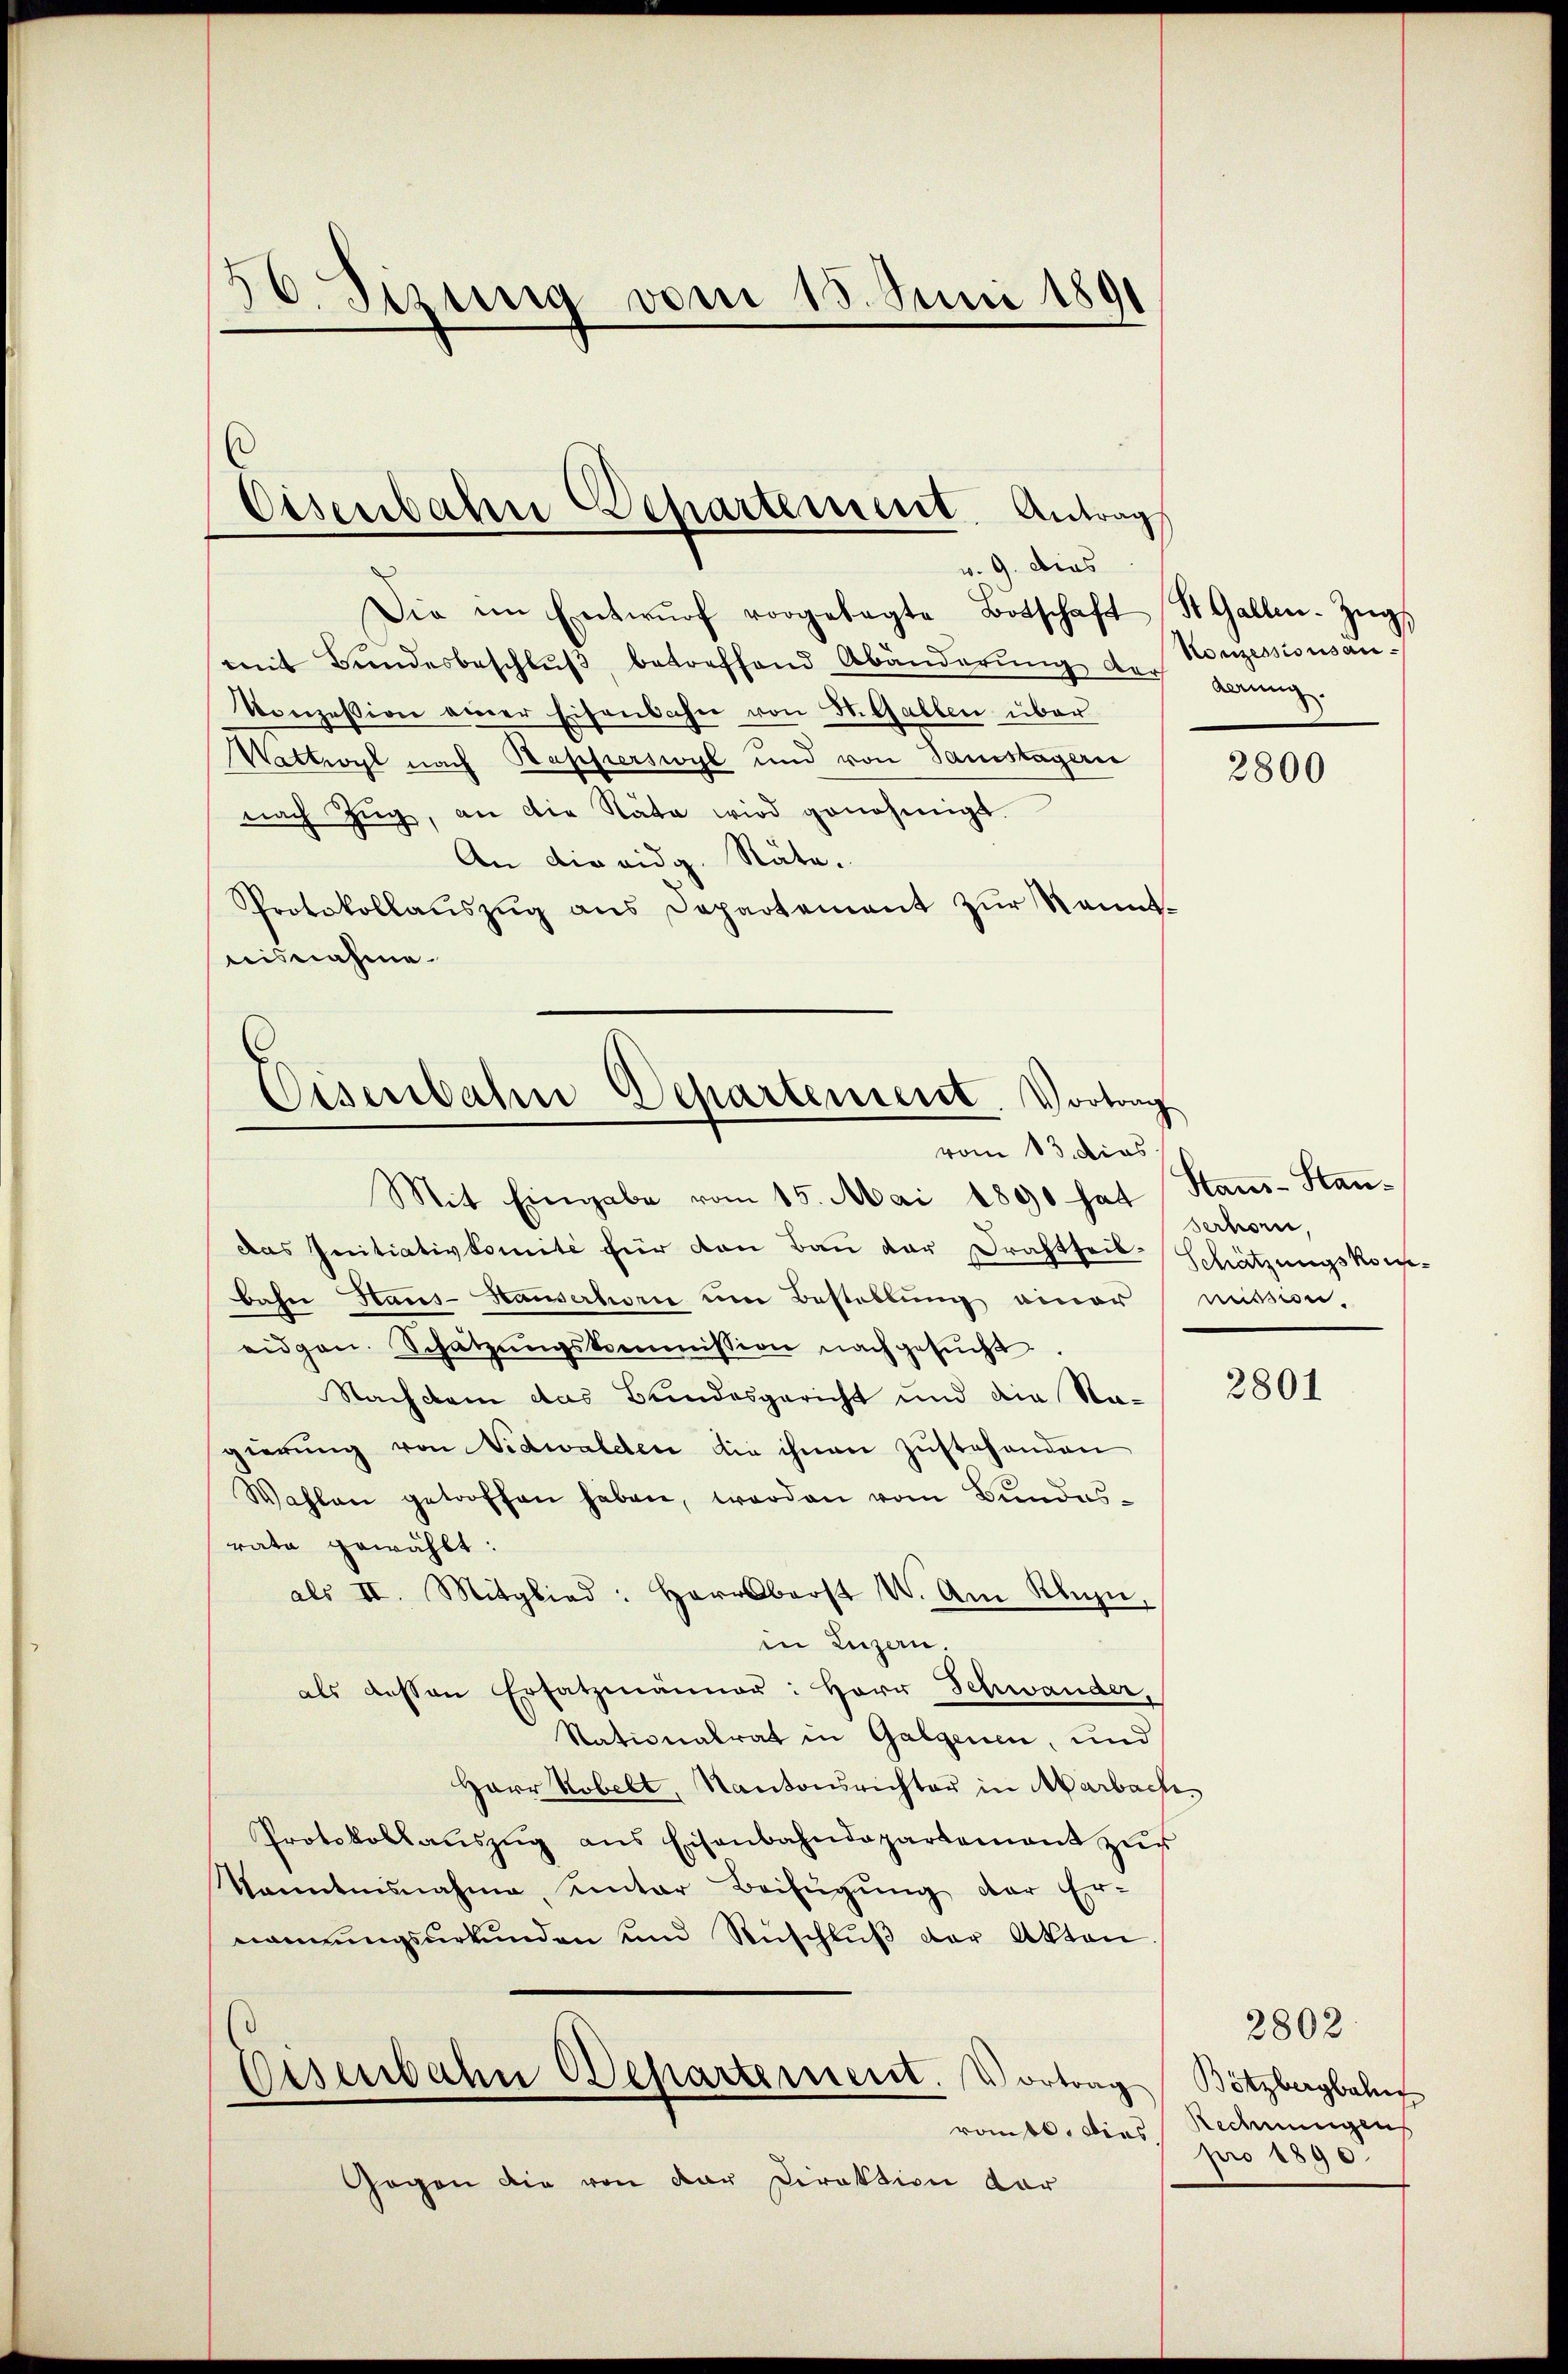
30. Sizung vom 15. Juni 1891

Die im Entwŭrf vorgelegte Botschaft St. Gallen-Zŭg
mit Bŭndesbeschlŭβ, betreffend Abänderŭng der gerung
Konzession einer Eisenbahn von St. Gallen über
Wattwyl nach Bapperswyl und von Samstageri
nach Zŭg, an die Nata wird genehmigt.
An die eidg. Räte.
Protokollaŭszŭg ans Departement zŭr Kennt-
bisnahme.

Eisenbahn Departement Antrag
v. 9. Dies

Eisenbahn Departement. Vortrag
vom 13. dies

Konzessionsan¬

Mit Eingabe vom 15. Mai 1890 hat Stans-Handas Initiativkomite für den Bau der Drahtheil-Schätzungskombahn Haus-Hauserhorn um Bestellung einer mission.
eidgen. Schatzŭngskommission nachgesŭcht
Nachdem das Bundesgericht und die Nagierung von Nidwalden die ihnen zustehenden
Wahlen getroffen haben, worden vom Bundes-
rata gewählt:
als II. Mitglied: Herrsberst W. Am Kuhn,
in Ingan
als dessen Ersatzmänner: Herr Schwander.
Stationalrat in Galgenen, und
Harr Kobelt, Kantonsrichter in Marbach,
Protokollaŭszŭg ans Eisenbahndepartement zŭr
kanntnisnahme, unter Beifügŭng der Er-
nonnungsurkunden und Rüschlŭβ der Akten
Eisenbahn Departement. Vortrag Bötzbergbahn
roubt. Dies Rechnungens
Gegen die von der Direktion dar

2800

Serhorn,

2801

2802
pro 1890.